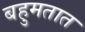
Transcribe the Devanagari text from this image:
बहुमतात